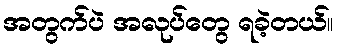
အတွက်ပဲ အလုပ်တွေ ရခဲ့တယ်။